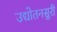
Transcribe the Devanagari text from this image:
उद्योतनसुरी